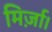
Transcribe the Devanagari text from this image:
मिर्ज़ा।